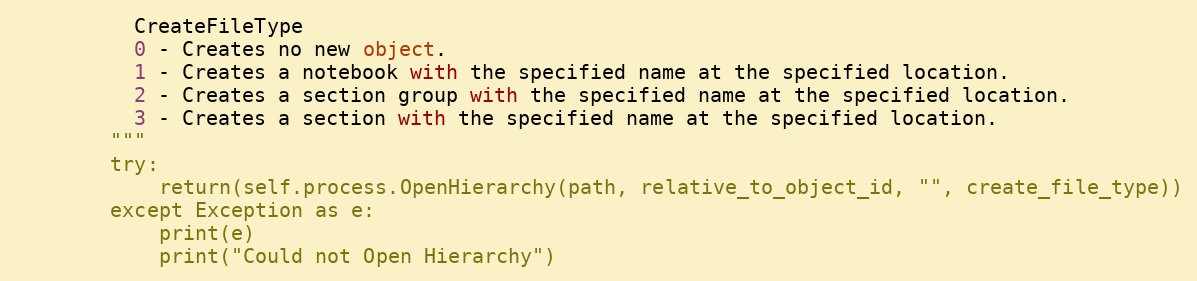
Language: Python
          CreateFileType
          0 - Creates no new object.
          1 - Creates a notebook with the specified name at the specified location.
          2 - Creates a section group with the specified name at the specified location.
          3 - Creates a section with the specified name at the specified location.
        """
        try:
            return(self.process.OpenHierarchy(path, relative_to_object_id, "", create_file_type))
        except Exception as e:
            print(e)
            print("Could not Open Hierarchy")